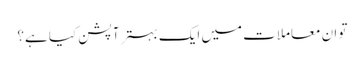
تو ان معاملات میں ایک بہتر آپشن کیا ہے؟